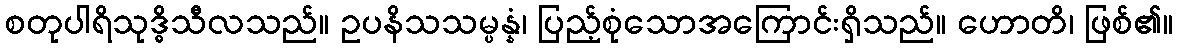
စတုပါရိသုဒ္ဓိသီလသည်။ ဥပနိသသမ္ပန္နံ၊ ပြည့်စုံသောအကြောင်းရှိသည်။ ဟောတိ၊ ဖြစ်၏။